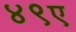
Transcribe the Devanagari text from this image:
४९ए